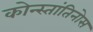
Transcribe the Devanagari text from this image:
कोन्स्तांतिनोस